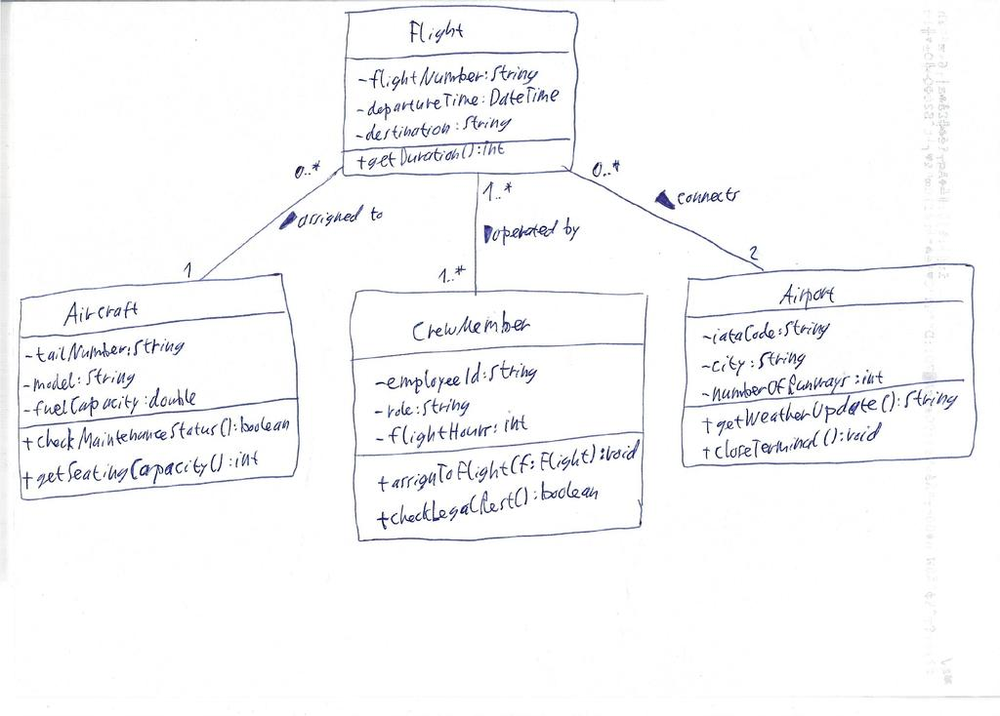
Diagram type: class_diagram
```plantuml
@startuml

class Flight {
    - flightNumber: String
    - departureTime: DateTime
    - destination: String
    + getDuration(): int
}

class Aircraft {
    - tailNumber: String
    - model: String
    - fuelCapacity: double
    + checkMaintenanceStatus(): boolean
    + getSeatingCapacity(): int
}

class CrewMember {
    - employeeId: String
    - role: String
    - flightHours: int
    + assignToFlight(f: Flight): void
    + checkLegalRest(): boolean
}

class Airport {
    - iataCode: String
    - city: String
    - numberOfRunways: int
    + getWeatherUpdate(): String
    + closeTerminal(): void
}

Flight "0..*" -- "1" Aircraft : assigned to >
Flight "1..*" -- "1..*" CrewMember : operated by >
Flight "0..*" -- "2" Airport : connects >

@enduml
```